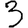
Digit: 3